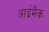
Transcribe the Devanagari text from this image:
आईमैक